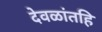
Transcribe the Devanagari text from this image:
देवळांतहि